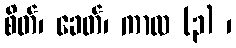
စိတ်၊ ခေတ်၊ ကာလ (၃) ၊